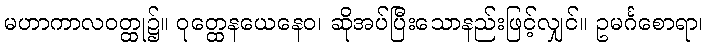
မဟာကာလဝတ္ထု၌။ ဝုတ္ထေနယေနေဝ၊ ဆိုအပ်ပြီးသောနည်းဖြင့်လျှင်။ ဥမင်္ဂစောရာ၊